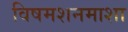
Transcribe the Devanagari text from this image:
विषमशनमाशा